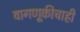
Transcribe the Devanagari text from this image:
वागणूकीचाही